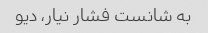
به شانست فشار نیار، دیو